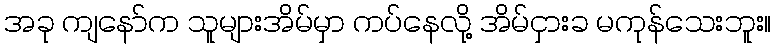
အခု ကျနော်က သူများအိမ်မှာ ကပ်နေလို့ အိမ်ငှားခ မကုန်သေးဘူး။